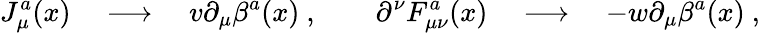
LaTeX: J_{\mu}^{a}(x)\quad\longrightarrow\quad v\partial_{\mu}\beta^{a}(x)\ ,\qquad\partial^{\nu}F_{\mu\nu}^{a}(x)\quad\longrightarrow\quad-w\partial_{\mu}\beta^{a}(x)\ ,